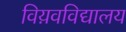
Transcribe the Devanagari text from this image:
विय़वविद्यालय